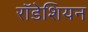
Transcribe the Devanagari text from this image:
राॅडेशियन